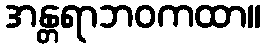
အန္တရာဘဝကထာ။